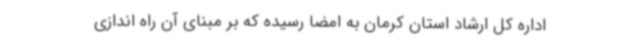
اداره کل ارشاد استان کرمان به امضا رسیده که بر مبنای آن راه اندازی